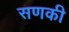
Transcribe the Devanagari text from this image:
सणकी